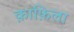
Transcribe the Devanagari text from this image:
क़ाफ़िला